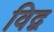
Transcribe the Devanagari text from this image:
विद्व